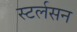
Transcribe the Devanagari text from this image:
स्टर्लसन